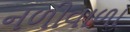
નળીવાળા